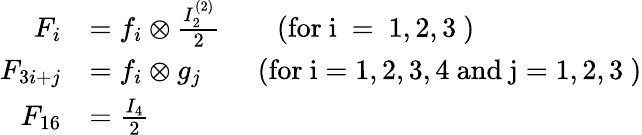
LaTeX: \begin{array}{rl}{F_{i}}&{=f_{i}\otimes\frac{I_{2}^{(2)}}{2}\qquad\mathrm{(for~i~=~1,2,3~)}}\\ {F_{3i+j}}&{=f_{i}\otimes g_{j}\qquad\mathrm{(for~i=1,2,3,4~and~j=1,2,3~)}}\\ {F_{16}}&{=\frac{I_{4}}{2}}\end{array}